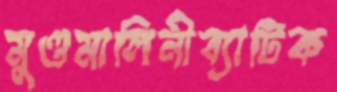
মুণ্ডমালিনীব্যাটিক